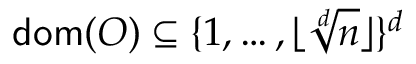
\mathsf { d o m } ( O ) \subseteq \{ 1 , \dots , \lfloor \sqrt [ d ] { n } \rfloor \} ^ { d }